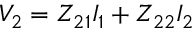
V _ { 2 } = Z _ { 2 1 } I _ { 1 } + Z _ { 2 2 } I _ { 2 }